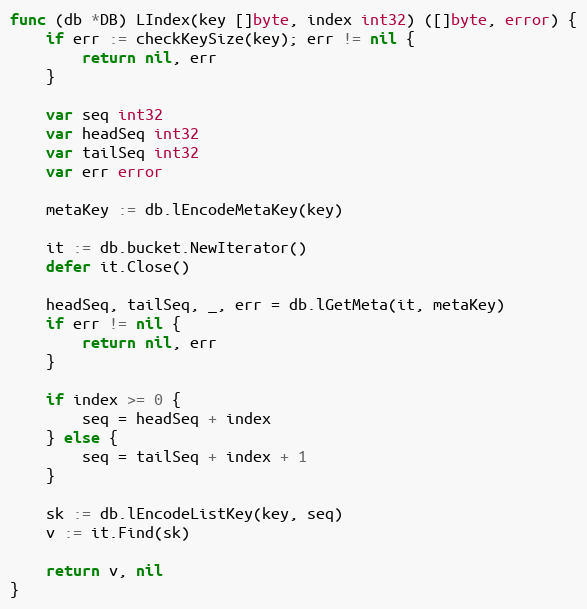
Language: Go
func (db *DB) LIndex(key []byte, index int32) ([]byte, error) {
	if err := checkKeySize(key); err != nil {
		return nil, err
	}

	var seq int32
	var headSeq int32
	var tailSeq int32
	var err error

	metaKey := db.lEncodeMetaKey(key)

	it := db.bucket.NewIterator()
	defer it.Close()

	headSeq, tailSeq, _, err = db.lGetMeta(it, metaKey)
	if err != nil {
		return nil, err
	}

	if index >= 0 {
		seq = headSeq + index
	} else {
		seq = tailSeq + index + 1
	}

	sk := db.lEncodeListKey(key, seq)
	v := it.Find(sk)

	return v, nil
}